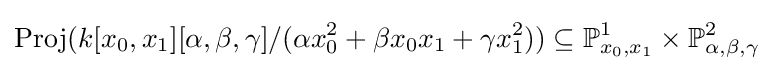
{\text{Proj}}(k[x_{0},x_{1}][\alpha ,\beta ,\gamma ]/(\alpha x_{0}^{2}+\beta x_{0}x_{1}+\gamma x_{1}^{2}))\subseteq \mathbb {P} _{x_{0},x_{1}}^{1}\times \mathbb {P} _{\alpha ,\beta ,\gamma }^{2}